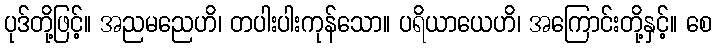
ပုဒ်တို့ဖြင့်။ အညမညေဟိ၊ တပါးပါးကုန်သော။ ပရိယာယေဟိ၊ အကြောင်းတို့နှင့်။ စေ